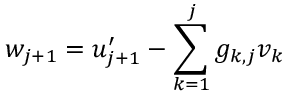
w _ { j + 1 } = u _ { j + 1 } ^ { \prime } - \sum _ { k = 1 } ^ { j } g _ { k , j } v _ { k }